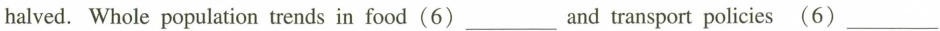
halved. Whole population trends in food (6) ___ and transport policies (6) ___